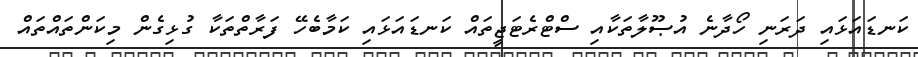
ކަނޑައަޅައި ދަރަނި ހޯދާނެ އުޞޫލާތަކާއި ސްޓްރެޓަޖީތައް ކަނޑައަޅައި ކަމާބެހޭ ފަރާތްތަކާ ގުޅިގެން މިކަންތައްތައް